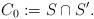
LaTeX: \begin{align*}C_0:=S\cap S'.\end{align*}